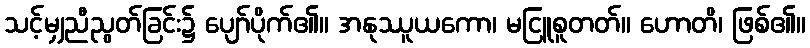
သင့်မျှညီညွတ်ခြင်း၌ ပျော်ပိုက်၏။ အနုဿူယကော၊ မငြူစူတတ်။ ဟောတိ၊ ဖြစ်၏။